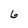
Character: 6